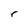
Character: r